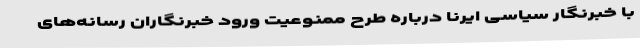
با خبرنگار سیاسی ایرنا درباره طرح ممنوعیت ورود خبرنگاران رسانه‌های